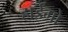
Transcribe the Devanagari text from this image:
हाईगो